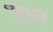
જીલ